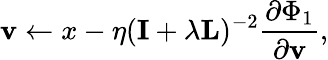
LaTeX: \textbf{v}\leftarrow x-\eta(\textbf{I}+\lambda\textbf{L})^{-2}\frac{\partial\Phi_{1}}{\partial\textbf{v}},